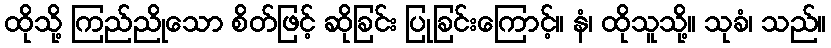
ထိုသို့ ကြည်ညိုသော စိတ်ဖြင့် ဆိုခြင်း ပြုခြင်းကြောင့်။ နံ၊ ထိုသူသို့။ သုခံ၊ သည်။